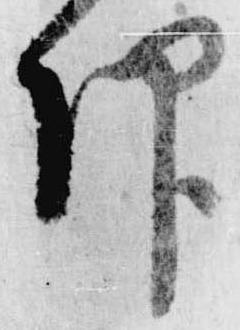
仰